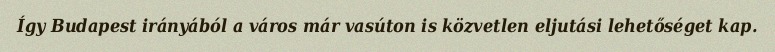
Így Budapest irányából a város már vasúton is közvetlen eljutási lehetőséget kap.